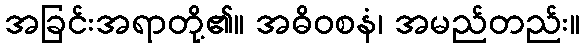
အခြင်းအရာတို့၏။ အဓိဝစနံ၊ အမည်တည်း။